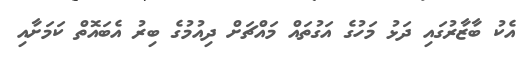
އެކު ބާޒާރުގައި ދަޅު މަހުގެ އަގުތައް މައްޗަށް ދިއުމުގެ ބިރު އެބައޮތް ކަމަށާއި